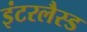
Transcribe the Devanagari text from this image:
इंटरलैस्ड